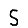
Digit: 5